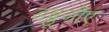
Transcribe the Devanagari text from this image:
डब्लूजीए